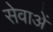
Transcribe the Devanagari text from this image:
सेवाअें